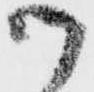
御